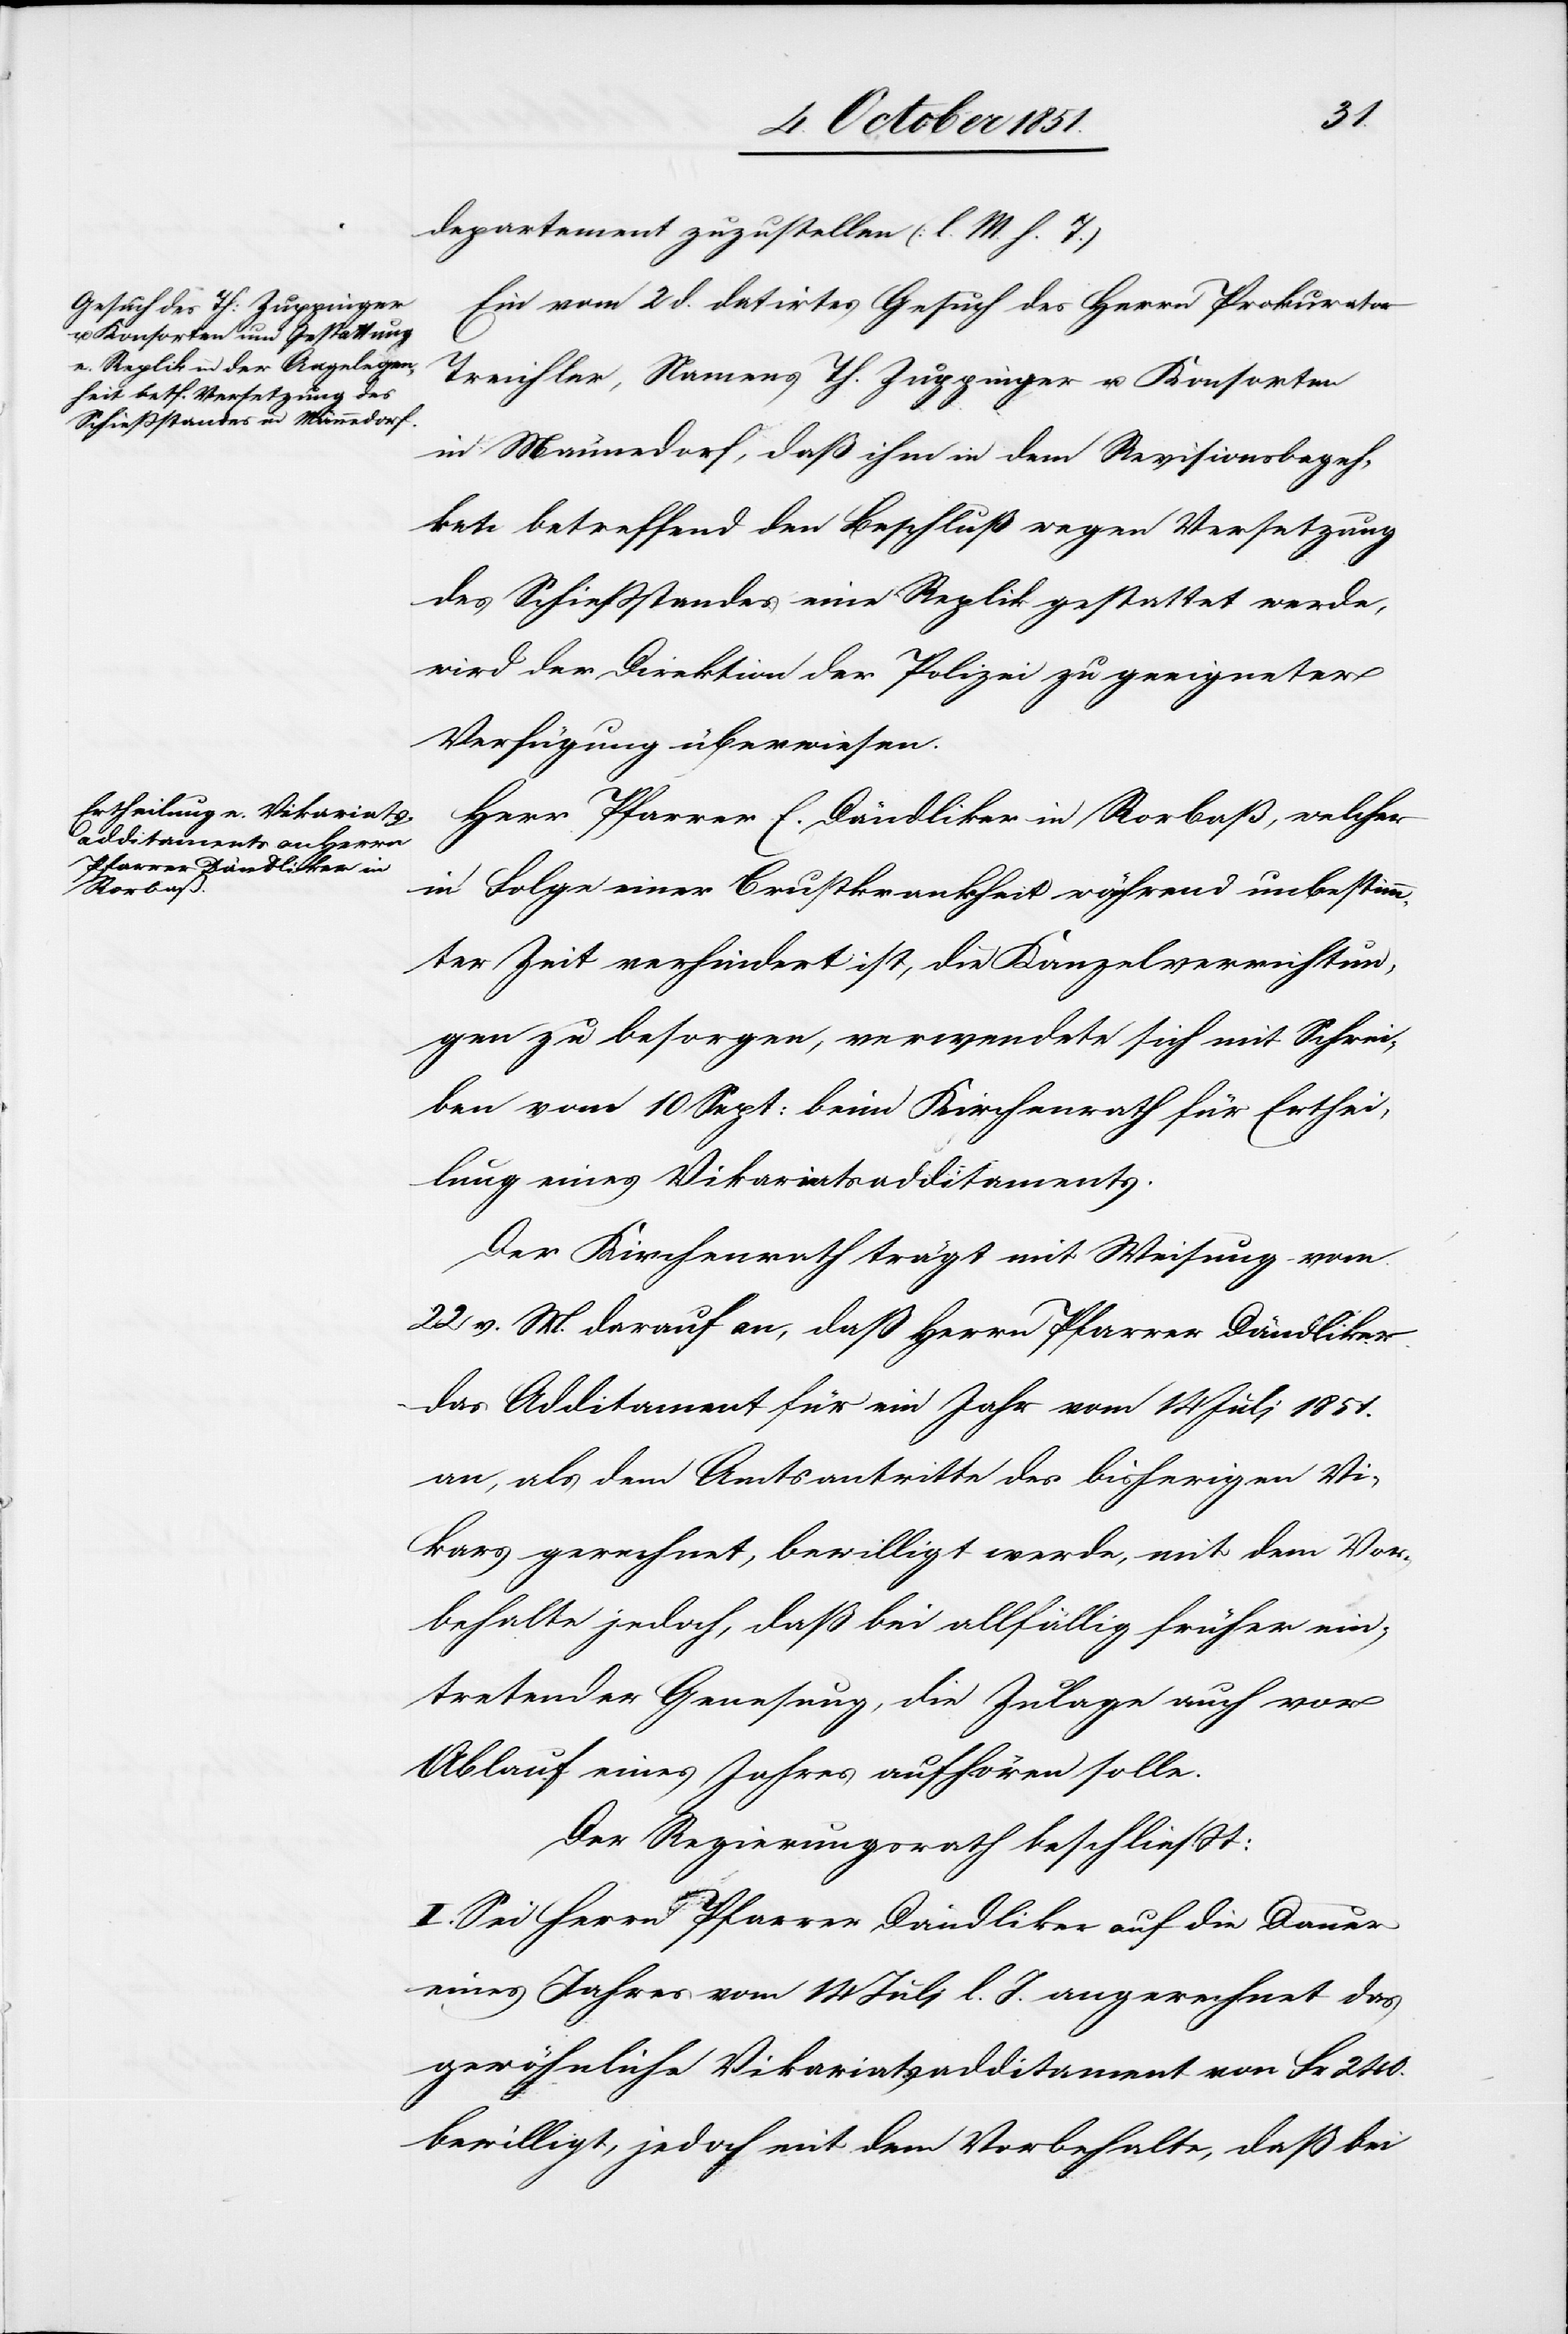
departement zuzustellen (l. M. h. T.)
Ein vom 2 d. datirtes Gesuch des Herrn Prokurator
Treichler, Namens Th. Zuppinger u. Konsorten
in Männedorf, daß ihm in dem Revisionsbegeh¬
ren betreffend den Beschluß wegen Versetzung
des Schießstandes eine Replik gestattet werde,
wird der Direktion der Polizei zu geeigneter
Verfügung überwiesen.
Herr Pfarrer E. Dändliker in Rorbaß, welcher
in Folge einer Brustkrankheit während unbestimm¬
ter Zeit verhindert ist, die Kanzelverrichtun¬
gen zu besorgen, verwendete sich mit Schrei¬
ben vom 10 Sept: beim Kirchenrath für Erthei¬
lung eines Vikariatsadditaments.
Der Kirchenrath trägt mit Weisung vom
22 v. M. darauf an, daß Herrn Pfarrer Dändliker
das Additament für ein Jahr vom 14 Juli 1851.
an, als dem Amtsantritte des bisherigen Vi¬
kars gerechnet, bewilligt werde, mit dem Vor¬
behalte jedoch, daß bei allfällig früher ein¬
tretender Genesung, die Zulage auch vor
Ablauf eines Jahres aufhören solle.
Der Regierungsrath beschließt:
I. Sei Herrn Pfarrer Dändliker auf die Dauer
eines Jahres vom 14 Juli l. J. angerechnet das
gewöhnliche Vikariatsadditament von Fr. 240.
bewilligt, jedoch mit dem Vorbehalte, daß bei